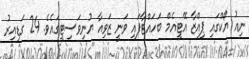
ނިއު ޔޯކްގައި ޕިއްޒާ އޭޓީއެމް ބަހައްޓާފައި ވަނީ ޒަވިއާ ޔުނިވަސިޓީގައެވެ. 24 ގަޑިއިރު